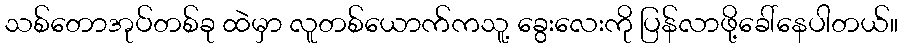
သစ်တောအုပ်တစ်ခု ထဲမှာ လူတစ်ယောက်ကသူ့ ခွေးလေးကို ပြန်လာဖို့ခေါ်နေပါတယ်။